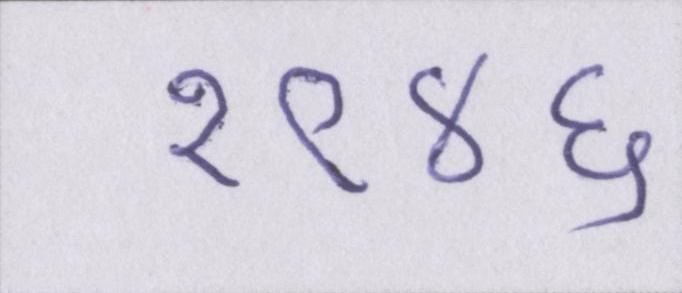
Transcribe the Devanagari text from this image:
१९४६